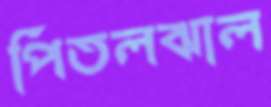
পিতলঝাল